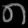
Digit: ၈